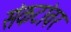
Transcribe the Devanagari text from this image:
संकटांवर